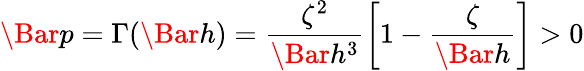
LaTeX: \Bar{p}=\Gamma(\Bar{h})=\frac{\zeta^{2}}{\Bar{h}^{3}}\left[1-\frac{\zeta}{\Bar{h}}\right]>0